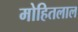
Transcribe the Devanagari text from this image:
मोहितलाल